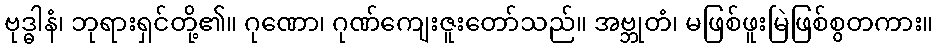
ဗုဒ္ဓါနံ၊ ဘုရားရှင်တို့၏။ ဂုဏော၊ ဂုဏ်ကျေးဇူးတော်သည်။ အဗ္ဘုတံ၊ မဖြစ်ဖူးမြဲဖြစ်စွတကား။